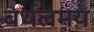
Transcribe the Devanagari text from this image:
बर्थलमय